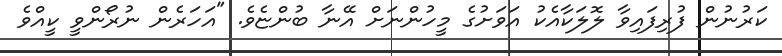
ކަރުނުން ފުރިފައިވާ ލޮލަކާއެކު އަވަށުގެ މީހުންނަށް އޭނާ ބުންޏެވެ. "އަހަރެން ނުރޯންވީ ކީއްވެ